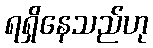
ရရှိနေသည်ဟု